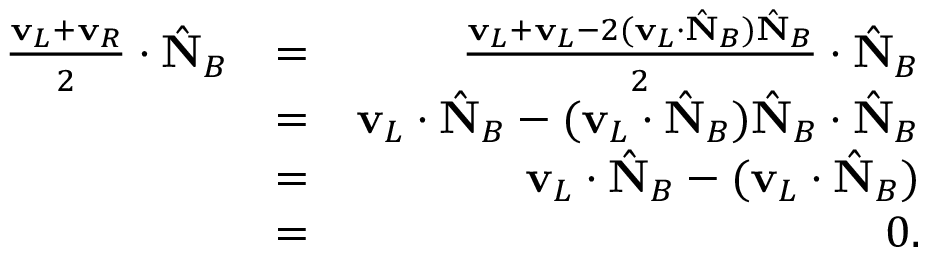
\begin{array} { r l r } { \frac { { \bf v } _ { L } + { \bf v } _ { R } } { 2 } \cdot \hat { \bf N } _ { B } } & { = } & { \frac { { \bf v } _ { L } + { \bf v } _ { L } - 2 ( { \bf v } _ { L } \cdot \hat { \bf N } _ { B } ) \hat { \bf N } _ { B } } { 2 } \cdot \hat { \bf N } _ { B } } \\ & { = } & { { \bf v } _ { L } \cdot \hat { \bf N } _ { B } - ( { \bf v } _ { L } \cdot \hat { \bf N } _ { B } ) \hat { \bf N } _ { B } \cdot \hat { \bf N } _ { B } } \\ & { = } & { { \bf v } _ { L } \cdot \hat { \bf N } _ { B } - ( { \bf v } _ { L } \cdot \hat { \bf N } _ { B } ) } \\ & { = } & { 0 . } \end{array}